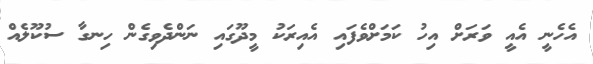
އެހެނީ އެއީ ވަރަށް އިހު ކަމަށްވެފައި އެއިރަކު މީދޫގައި ނަންދެވިގެން ހިނގާ ސުކޫލެއް